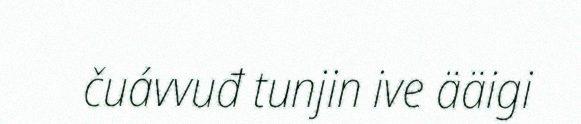
čuávvuđ tunjin ive ääigi